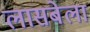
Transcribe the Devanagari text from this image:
लासबेला